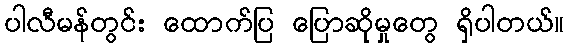
ပါလီမန်တွင်း ထောက်ပြ ပြောဆိုမှုတွေ ရှိပါတယ်။